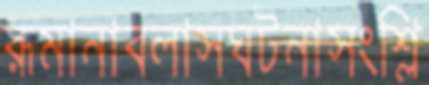
রূমানাবলাসঘটনাসংশ্লি